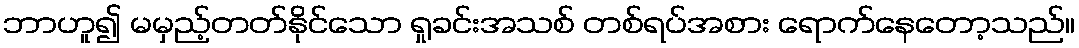
ဘာဟူ၍ မမှည့်တတ်နိုင်သော ရှုခင်းအသစ် တစ်ရပ်အစား ရောက်နေတော့သည်။